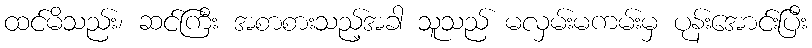
ထင်မိသည်း၊ ဆင်ကြီး အစာစားသည့်အခါ သူသည် မလှမ်းမကမ်းမှ ပုန်းအောင်းပြီး